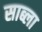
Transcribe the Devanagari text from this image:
साब्ला